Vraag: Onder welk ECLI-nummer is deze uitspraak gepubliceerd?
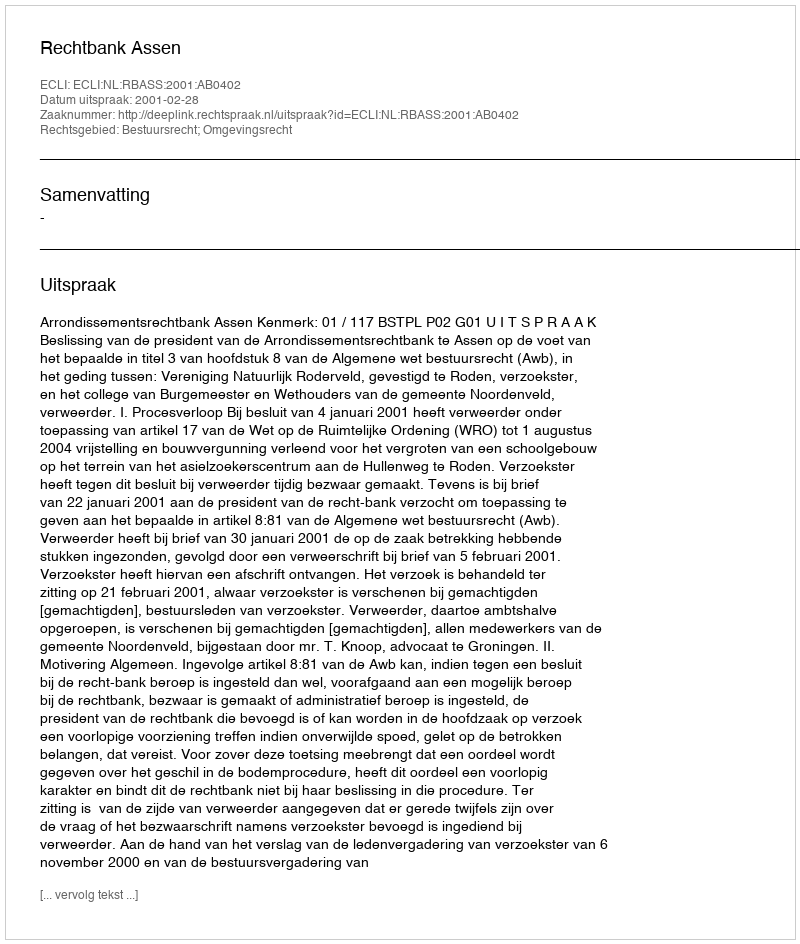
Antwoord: ECLI:NL:RBASS:2001:AB0402